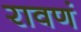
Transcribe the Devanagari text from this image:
रावणं